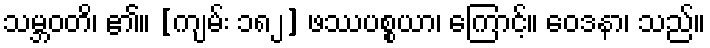
သမ္ဘဝတိ၊ ၏။ [ကျမ်း ၁၈၂] ဖဿပစ္စယာ၊ ကြောင့်။ ဝေဒနာ၊ သည်။